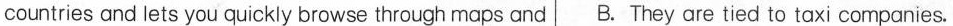
countries and lets you quickly browse through maps and B. They are tied to taxi companies.